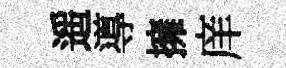
遥導擁庠